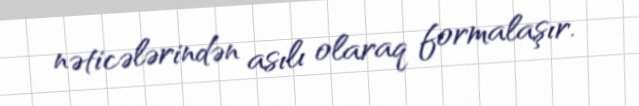
nəticələrindən asılı olaraq formalaşır.